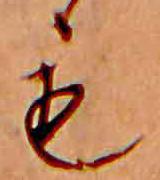
も